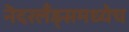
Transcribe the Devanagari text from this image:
नॆदरलँड्समध्येच